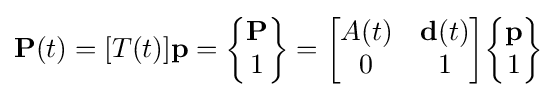
{\textbf {P}}(t)=[T(t)]{\textbf {p}}={\begin{Bmatrix}{\textbf {P}}\\1\end{Bmatrix}}={\begin{bmatrix}A(t)&{\textbf {d}}(t)\\0&1\end{bmatrix}}{\begin{Bmatrix}{\textbf {p}}\\1\end{Bmatrix}}